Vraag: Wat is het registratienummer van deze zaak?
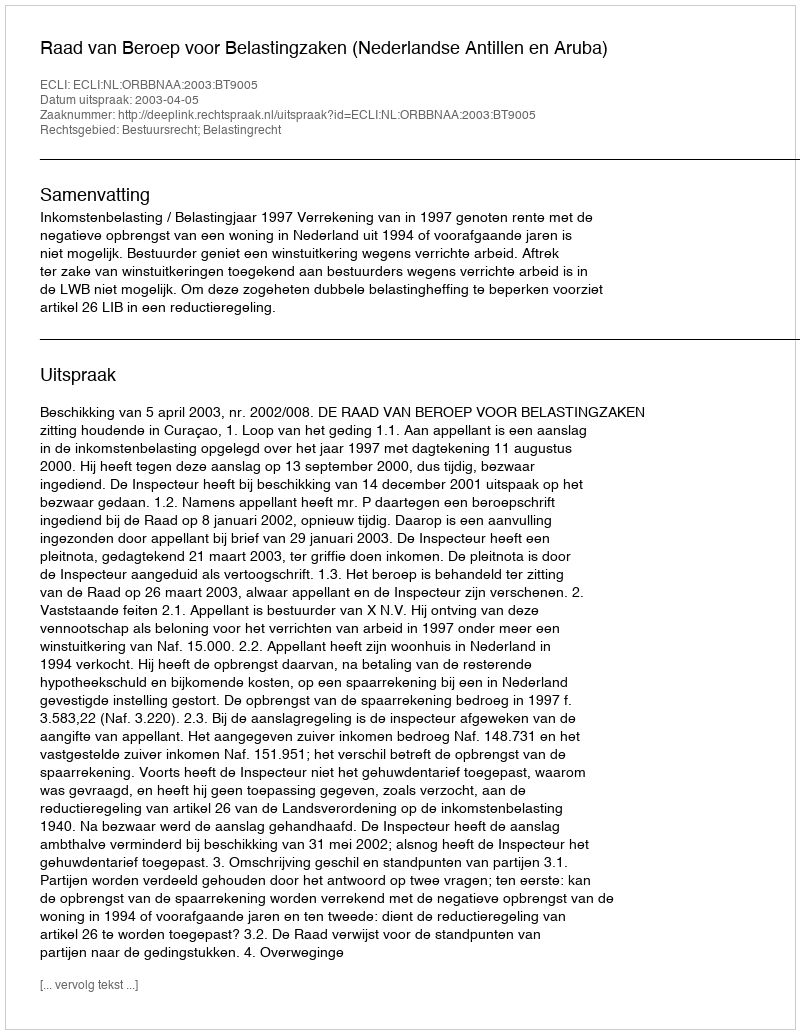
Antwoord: http://deeplink.rechtspraak.nl/uitspraak?id=ECLI:NL:ORBBNAA:2003:BT9005